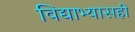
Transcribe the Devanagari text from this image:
विद्याभ्यासही